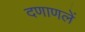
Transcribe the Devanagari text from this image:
दणाणलें